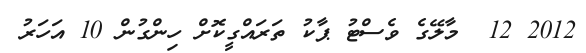
2012 12  މާލޭގެ ވެސްޓު ޕާކު ތަރައްގީކޮށް ހިންގުން 10 އަހަރު